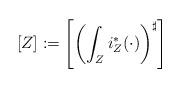
LaTeX: \begin{align*}[Z]:=\left[\left(\int_Zi_Z^*(\cdot)\right)^{\sharp}\right]\end{align*}